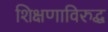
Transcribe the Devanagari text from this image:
शिक्षणाविरुद्ध